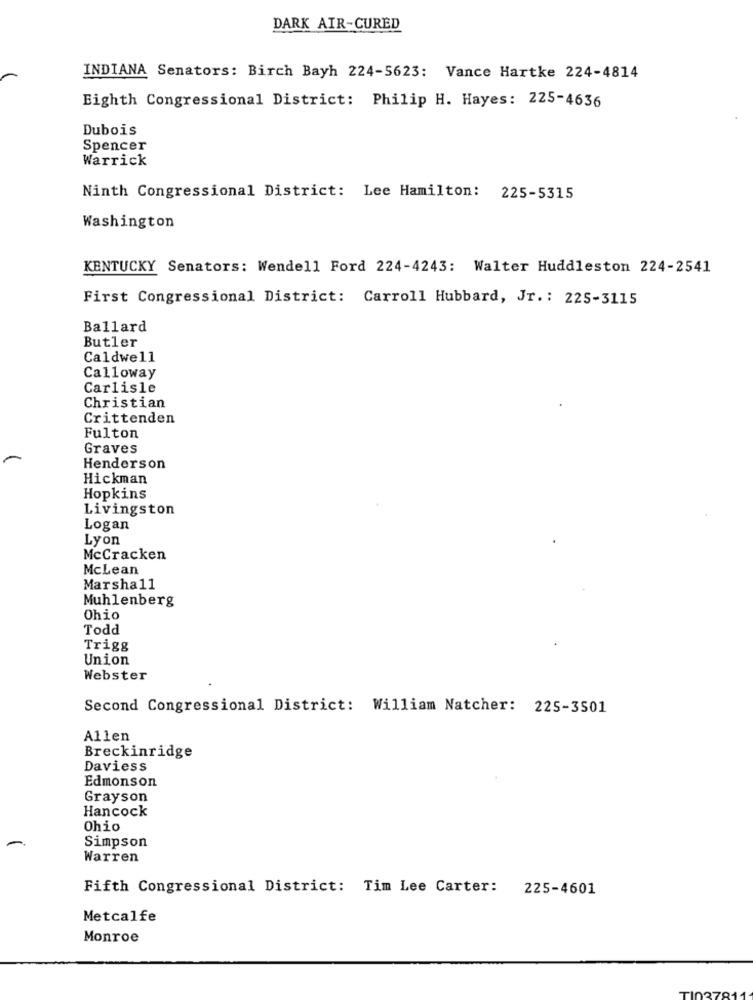
DARK AIR-CURED
INDIANA Senators: Birch Bayh 224-5623: Vance Hartke 224-4814
Eighth Congressional District: Philip H. Hayes: 225-4636
Dubois
Spencer
Warrick
Ninth Congressional District: Lee Hamilton: 225-5315
Washington
KENTUCKY Senators: Wendell Ford 224-4243: Walter Huddleston 224-2541
First Congressional District: Carroll Hubbard, Jr .: 225-3115
Ballard
Butler
Caldwell
Calloway
Carlisle
Christian
Crittenden
Fulton
Graves
Henderson
Hickman
Hopkins
Livingston
Logan
Lyon
McCracken
McLean
Marshall
Muhlenberg
Ohio
Todd
Trigg
Union
Webster
Second Congressional District: William Natcher: 225-3501
Allen
Breckinridge
Daviess
Edmonson
Grayson
Hancock
Ohio
Simpson
Warren
Fifth Congressional District: Tim Lee Carter:
225-4601
Metcalfe
Monroe